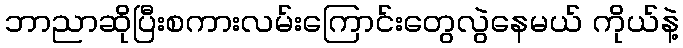
ဘာညာဆိုပြီးစကားလမ်းကြောင်းတွေလွဲနေမယ် ကိုယ်နဲ့